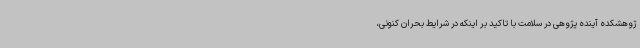
ژوهشکده آینده پژوهی در سلامت با تاکید بر اینکه در شرایط بحران کنونی،